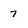
Character: 7